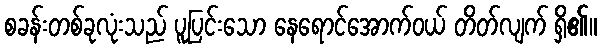
စခန်းတစ်ခုလုံးသည် ပူပြင်းသော နေရောင်အောက်ဝယ် တိတ်လျက် ရှိ၏။